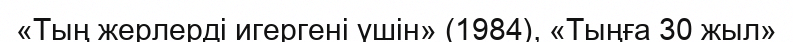
«Тың жерлерді игергені үшін» (1984), «Тыңға 30 жыл»